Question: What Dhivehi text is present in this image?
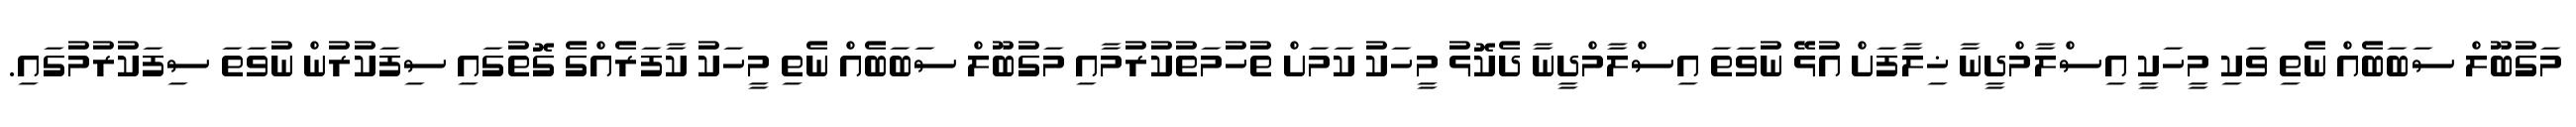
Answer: މަގުބޫލް ސަބަބެއް ނެތި ވަކި މީހަކީ އިސްލާމްދީނާ ޚިލާފަށް އުޅޭ ނުވަތަ އިސްލާމްދީނާ ދެކޮޅު މީހަކު ކަމަށް ތުހުމަތުކުރުމާއި މަގުބޫލް ސަބަބެއް ނެތި މީހަކު ކާފަރެއްގެ ގޮތުގައި ސިފަކުރުން ނުވަތަ ސިފަކުރުމުގައި.